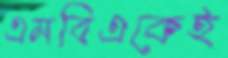
এমবিএকেই